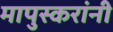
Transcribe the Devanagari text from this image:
मापुस्करांनी